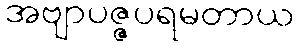
အဗျာပဇ္ဇပရမတာယ